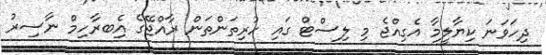
ދިހަވަނަ ކިޔާލީމާ އެގިއްޖެ މި ލިސްޓް ގައި ހުރިތަންތަން ރާއްޖޭގެ އެިބރާހިމް ނާސިރު